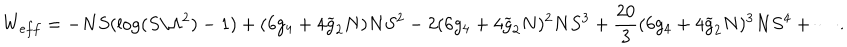
W _ { e f f } = - N S ( \log ( S / \Lambda ^ { 2 } ) - 1 ) + ( 6 g _ { 4 } + 4 \widetilde { g } _ { 2 } N ) N S ^ { 2 } - 2 ( 6 g _ { 4 } + 4 \widetilde { g } _ { 2 } N ) ^ { 2 } N S ^ { 3 } + \frac { 2 0 } { 3 } ( 6 g _ { 4 } + 4 \widetilde { g } _ { 2 } N ) ^ { 3 } N S ^ { 4 } + \cdots .